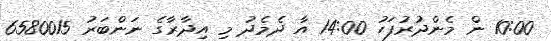
10:00 ން މެންދުރުފަހު 14:00 އާ ދެމެދު މި އިދާރާގެ ނަންބަރު 6580015